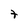
Character: t